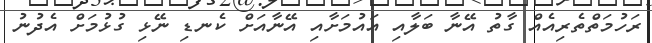
ރަހުމަތްތެރިއެއް ގާތު އޭނާ ބަލާއި އައުމަށާއި އޭނާއަށް ކެނޑި ނޭޅި ގުޅުމަށް އެދުނު